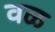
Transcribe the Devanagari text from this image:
वळ